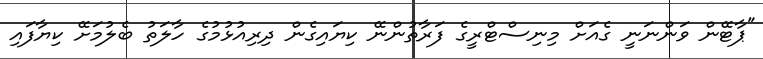
"ޕާޓޭން ވަންނަނީ ގެއަށް މިނިސްޓްރީގެ ފަރާތުންނޭ ކިޔައިގެން ދިރިއުޅުމުގެ ހާލަތު ބެލުމަށޭ ކިޔާފައި